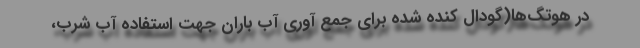
در هوتگ‌ها(گودال کنده شده برای جمع آوری آب باران جهت استفاده آب شرب،